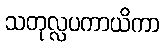
သတုလ္လပကာယိကာ